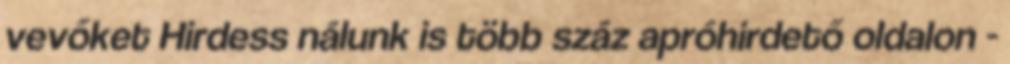
vevőket Hirdess nálunk is több száz apróhirdető oldalon -